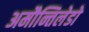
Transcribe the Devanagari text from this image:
अमौन्तिलेडो